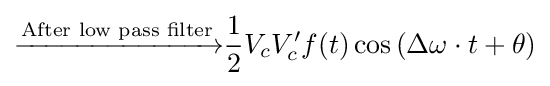
{\xrightarrow {\text{After low pass filter}}}{\frac {1}{2}}V_{c}V'_{c}f(t)\cos \left(\Delta \omega \cdot t+\theta \right)